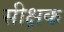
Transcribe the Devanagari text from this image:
सीक्षक